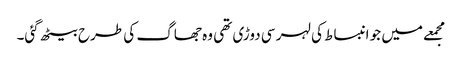
مجمعے میں جو انبساط کی لہر سی دوڑی تھی وہ جھاگ کی طرح بیٹھ گئی۔